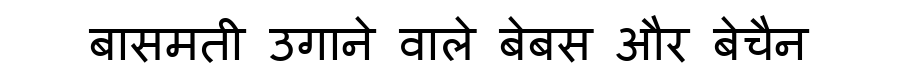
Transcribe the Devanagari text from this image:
बासमती उगाने वाले बेबस और बेचैन